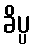
ခိပ္ပ